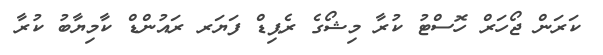
ކަރަން ޖޯހަރް ހޮސްޓު ކުރާ މިޝޯގެ ރެޕިޑް ފަޔަރ ރައުންޑް ކާމިޔާބު ކުރާ